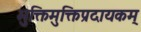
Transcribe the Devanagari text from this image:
भुक्तिमुक्तिप्रदायकम्